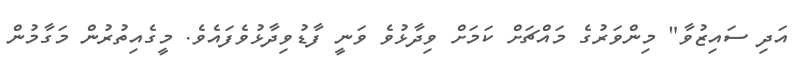
އަދި ސައިޒުވާ" މިންވަރުގެ މައްޗަށް ކަމަށް ވިދާޅުވެ ވަނީ ފާޑުވިދާޅުވެފައެވެ. މީގެއިތުރުން މަގާމުން